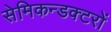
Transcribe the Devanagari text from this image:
सेमिकन्डक्टरों